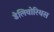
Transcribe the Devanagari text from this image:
डेलिवोरियस